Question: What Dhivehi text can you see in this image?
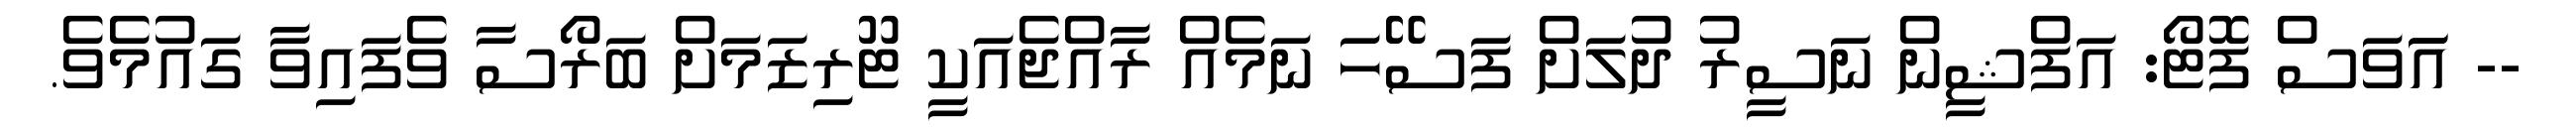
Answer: -- އަަވަސް ފޮޓޯ: އަފްޝީން ނަސީރު ދުލަށް ފަސޭހަ ނަމެއް ރާއްޖެއަކީ ޓޫރިޒަމަށް ބަރޯސާ ވެފައިވާ ގައުމެވެ.